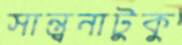
সান্ত্বনাটুকু